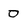
Character: 0